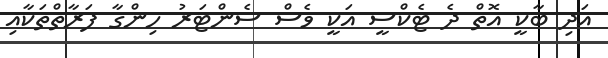
އަދި ބާކީ އޮތް ދެ ޓެކްސީ އަކީ ވެސް ސެންޓަރު ހިންގާ ފަރާތްތަކާއި